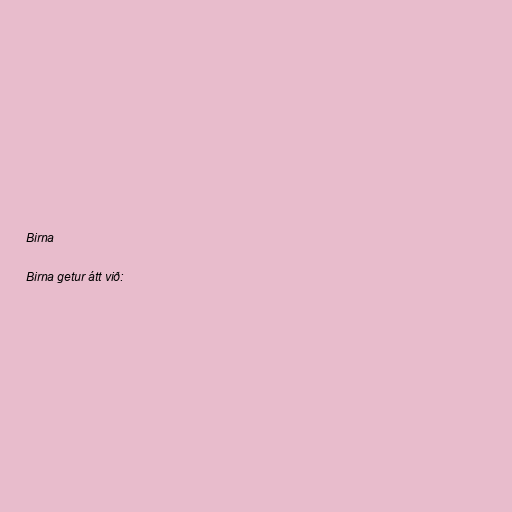
Birna

Birna getur átt við: